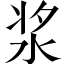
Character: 浆